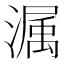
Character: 𭲫